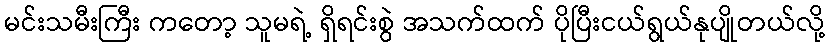
မင်းသမီးကြီး ကတော့ သူမရဲ့ ရှိရင်းစွဲ အသက်ထက် ပိုပြီးငယ်ရွယ်နုပျိုတယ်လို့